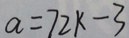
a = 7 2 k - 3